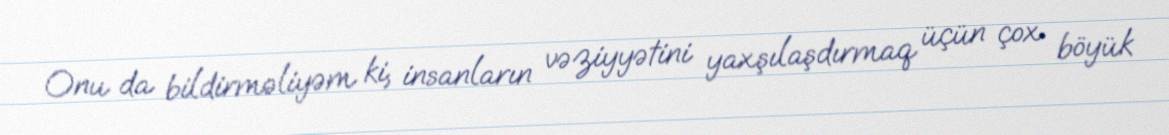
Onu da bildirməliyəm ki, insanların vəziyyətini yaxşılaşdırmaq üçün çox böyük